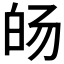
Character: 𰤓